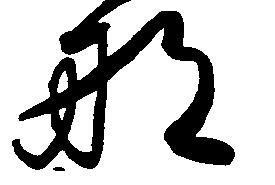
那